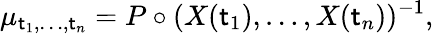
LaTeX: \mu_{\mathsf{t}_{1},\dots,\mathsf{t}_{n}}=P\circ(X({\mathsf{t}_{1}}),\dots,X({\mathsf{t}_{n}}))^{-1},